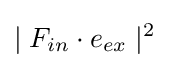
\mid F_{in}\cdot e_{ex}\mid ^{2}